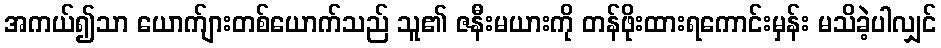
အကယ်၍သာ ယောက်ျားတစ်ယောက်သည် သူ၏ ဇနီးမယားကို တန်ဖိုးထားရကောင်းမှန်း မသိခဲ့ပါလျှင်